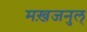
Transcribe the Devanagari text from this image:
मख़जनुल्